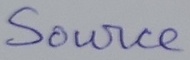
Text: Source